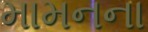
મામનના